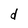
Character: d